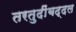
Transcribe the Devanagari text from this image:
तरतुदींबद्दल